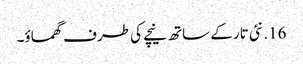
16. نئی تار کے ساتھ نیچے کی طرف گھماؤ۔